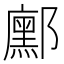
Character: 𮠒